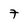
Character: 7